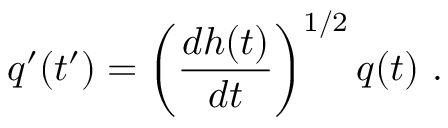
q ^ { \prime } ( t ^ { \prime } ) = \left( \frac { d h ( t ) } { d t } \right) ^ { 1 / 2 } q ( t ) \ .